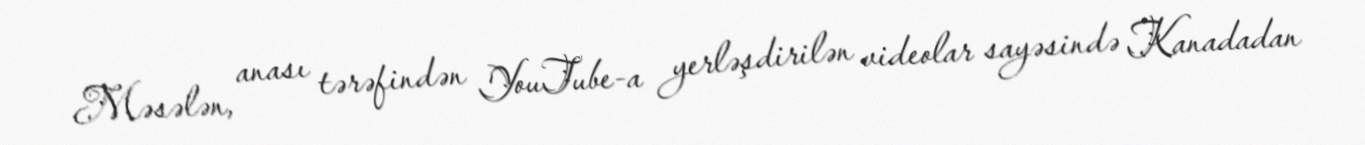
Məsələn, anası tərəfindən YouTube-a yerləşdirilən videolar sayəsində Kanadadan